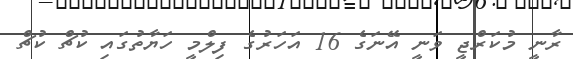
ރާނީ މުކަރްޖީ ވަނީ އޭނަގެ 16 އަހަރުގެ ފިލްމީ ހަޔާތުގައި ކުޗް ކުޗް